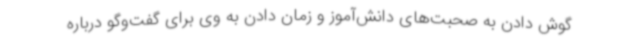
گوش دادن به صحبت‌های دانش‌آموز و زمان دادن به وی برای گفت‌وگو درباره